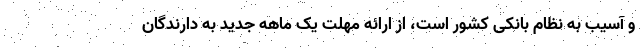
و آسیب به نظام بانکی کشور است، از ارائه مهلت یک ماهه جدید به دارندگان